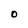
Character: O